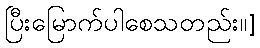
ပြီးမြောက်ပါစေသတည်း။]